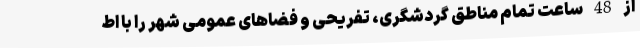
از 48 ساعت تمام مناطق گردشگری، تفریحی و فضاهای عمومی شهر را با اط